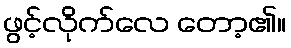
ဖွင့်လိုက်လေ တော့၏။